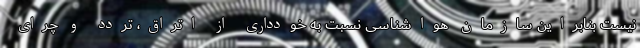
نیست بنابراین سازمان هواشناسی نسبت به خودداری از اتراق، تردد و چرای